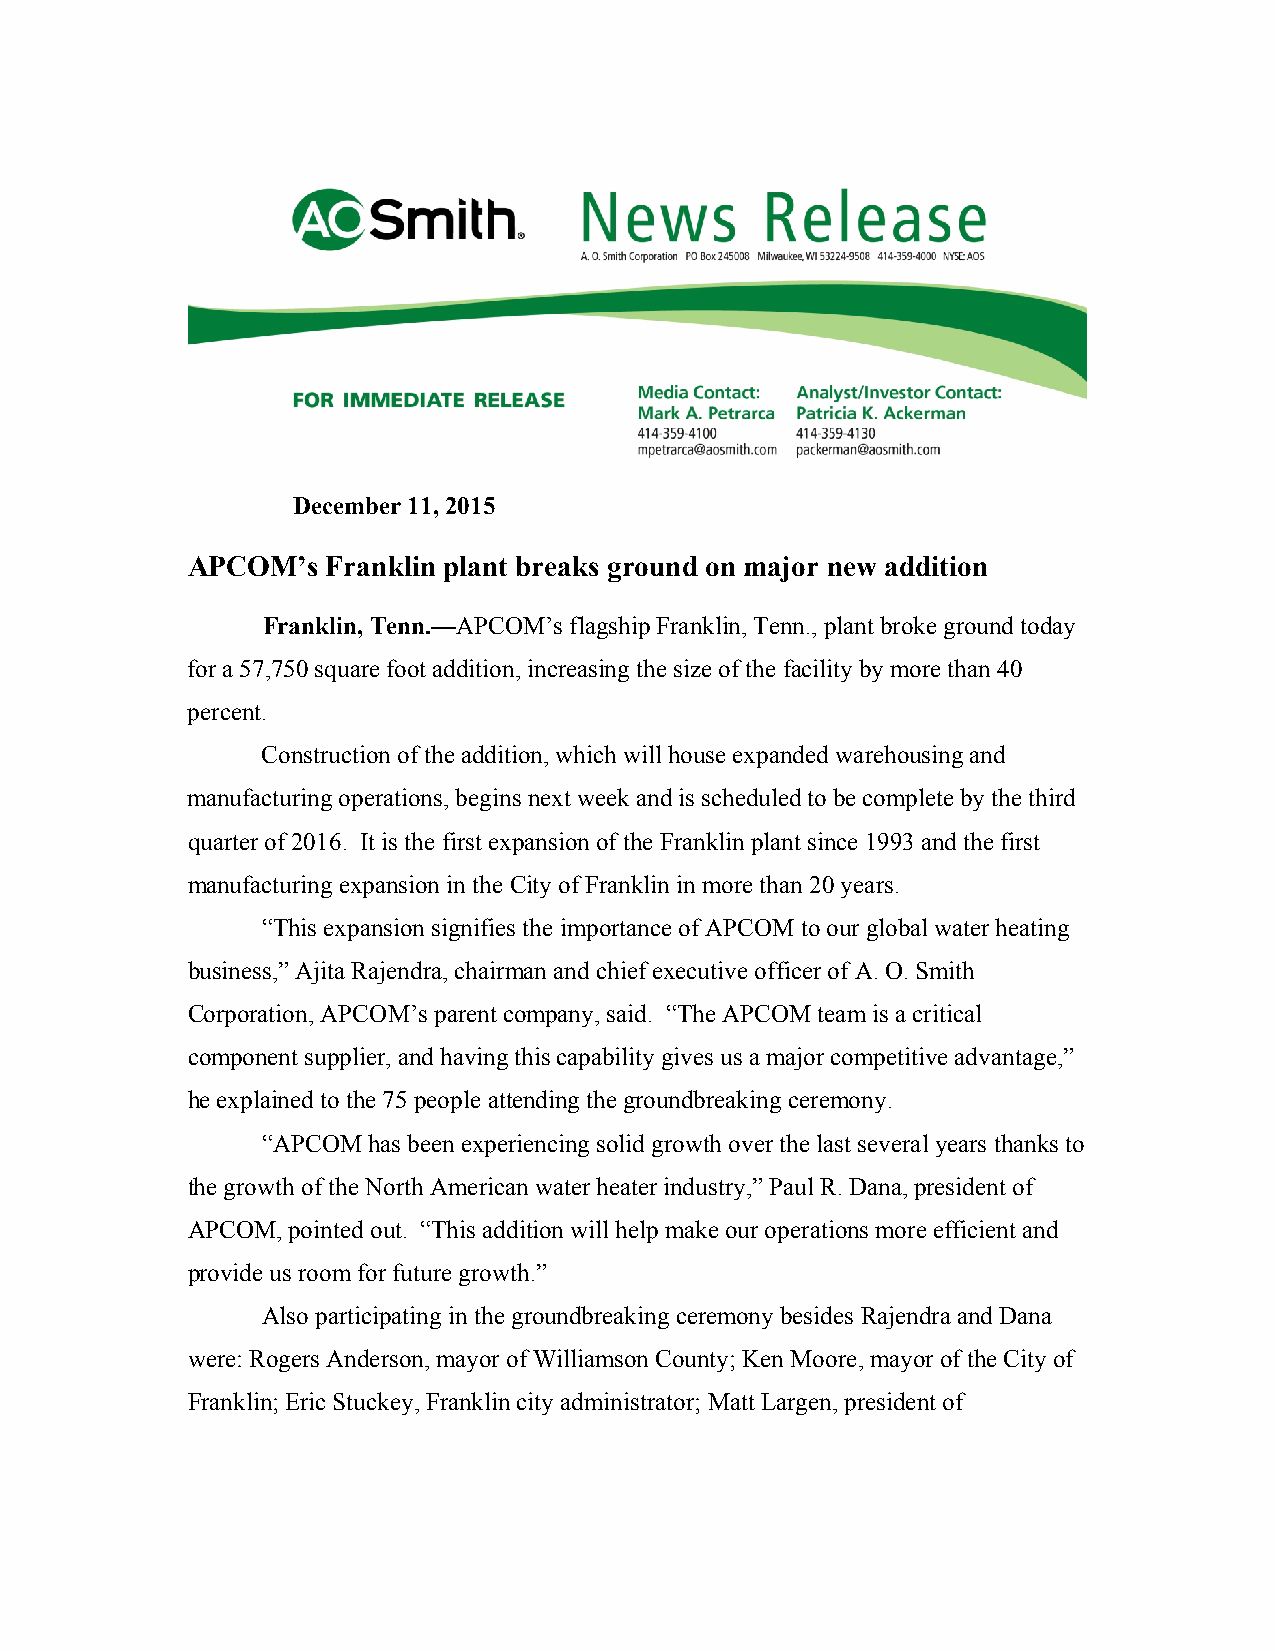
December 11, 2015
 APCOM’s   Franklin plant breaks ground on major new addition
 Franklin, Tenn.—APCOM’s flagship Franklin, Tenn., plant broke ground today
 for a 57,750 square foot addition, increasing the size of the facility by more than 40
 percent.
 Construction of the addition, which will house expanded warehousing and
 manufacturing operations, begins next week and is scheduled to be complete by the third
 quarter of 2016. It is the first expansion of the Franklin plant since 1993 and the first
 manufacturing expansion in the City of Franklin in more than 20 years.
 “This expansion signifies the importance of APCOM to our global water heating
 business,” Ajita Rajendra, chairman and chief executive officer of A. O. Smith
 Corporation, APCOM’s parent company, said. “The APCOM team is a critical
 component supplier, and having this capability gives us a major competitive advantage,”
 he explained to the 75 people attending the groundbreaking ceremony.
 “APCOM has been experiencing solid growth over the last several years thanks to
 the growth of the North American water heater industry,” Paul R. Dana, president of
 APCOM, pointed out. “This addition will help make our operations more efficient and
 provide us room for future growth.”
 Also participating in the groundbreaking ceremony besides Rajendra and Dana
 were: Rogers Anderson, mayor of Williamson County; Ken Moore, mayor of the City of
 Franklin; Eric Stuckey, Franklin city administrator; Matt Largen, president of